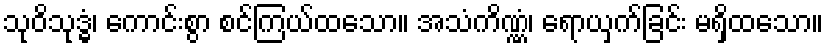
သုဝိသုဒ္ဓံ၊ ကောင်းစွာ စင်ကြယ်ထသော။ အသံကိဏ္ဏံ၊ ရောယှက်ခြင်း မရှိထသော။